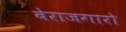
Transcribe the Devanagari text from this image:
बेराजगारो